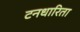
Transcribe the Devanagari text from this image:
टनधारिता